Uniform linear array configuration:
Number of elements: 4
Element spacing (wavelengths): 1
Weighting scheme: blackman
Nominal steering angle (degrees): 15
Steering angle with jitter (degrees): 15.332
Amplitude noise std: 0.05
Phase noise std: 0.05

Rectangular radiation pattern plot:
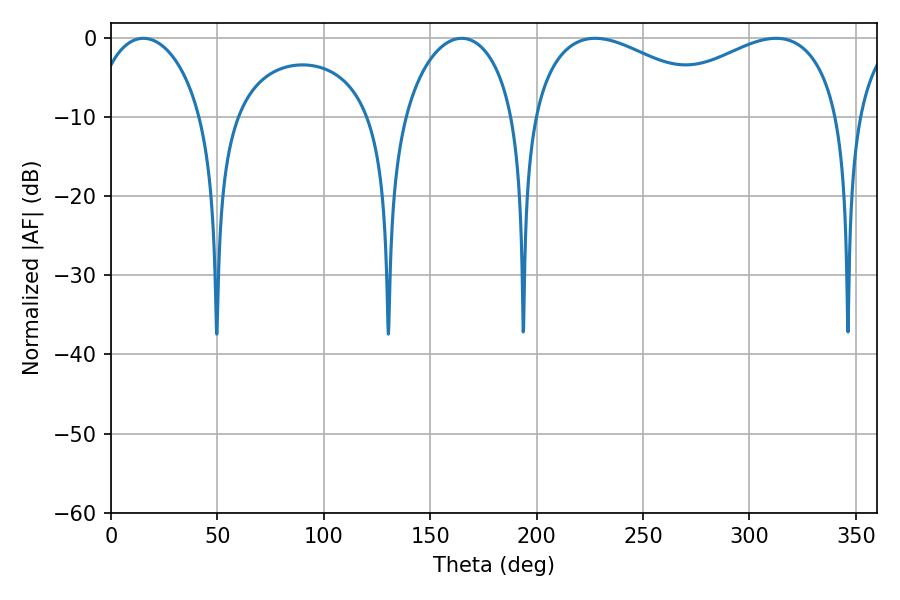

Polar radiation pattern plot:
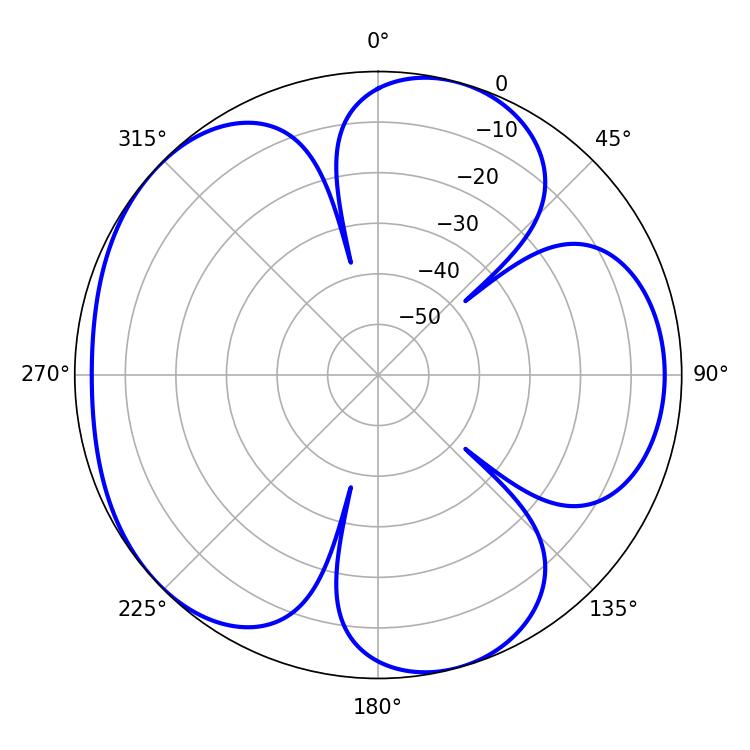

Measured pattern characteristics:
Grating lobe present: TRUE
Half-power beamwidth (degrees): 51.48
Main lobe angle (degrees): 227.52